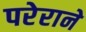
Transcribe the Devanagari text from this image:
परेराने